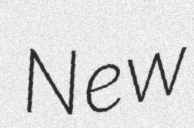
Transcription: New